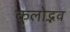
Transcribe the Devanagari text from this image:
कुलोद्भव